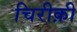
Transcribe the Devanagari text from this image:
चिरीक़ी